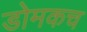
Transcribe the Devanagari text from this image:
डोमकच